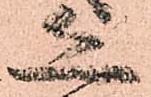
恐